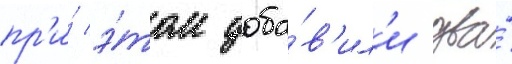
пр'и́ э́том доба́в'ил'и два́